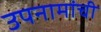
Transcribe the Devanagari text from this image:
उपनामांची